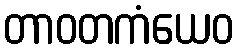
တာဝတကံယေဝ